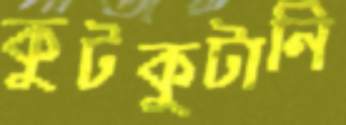
কুটকুটানি